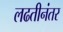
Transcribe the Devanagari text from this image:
लढतीनंतर